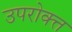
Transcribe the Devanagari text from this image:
उपरोक्त्त